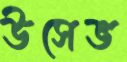
উসেভ